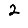
Digit: 2